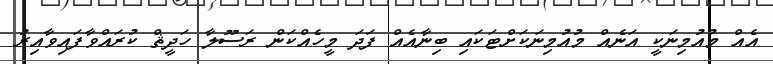
އެއް މުއުމިނަކީ އަނެއް މުއުމިނަކަށްޓަކައި ބިނާއެއް ފަދަ މީހެއްކަން ރަސޫލާ ހަދީޘް ކުރައްވާފައިވާއިރު